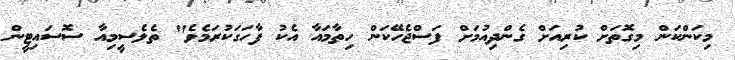
މިކަންކަން މިގޮތަށް ކުރިއަށް ގެންދިއުމަށް ފަސްޖެހޭކަން ހިތާމައާ އެކު ފާހަގަކުރަމެވެ" ތެލެސީމިއާ ސޮސައިޓީން